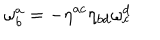
\mathbf { \omega } _ { b } ^ { a } = - \eta ^ { a c } \eta _ { b d } \mathbf { \omega } _ { c } ^ { d }